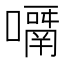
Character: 𡁑